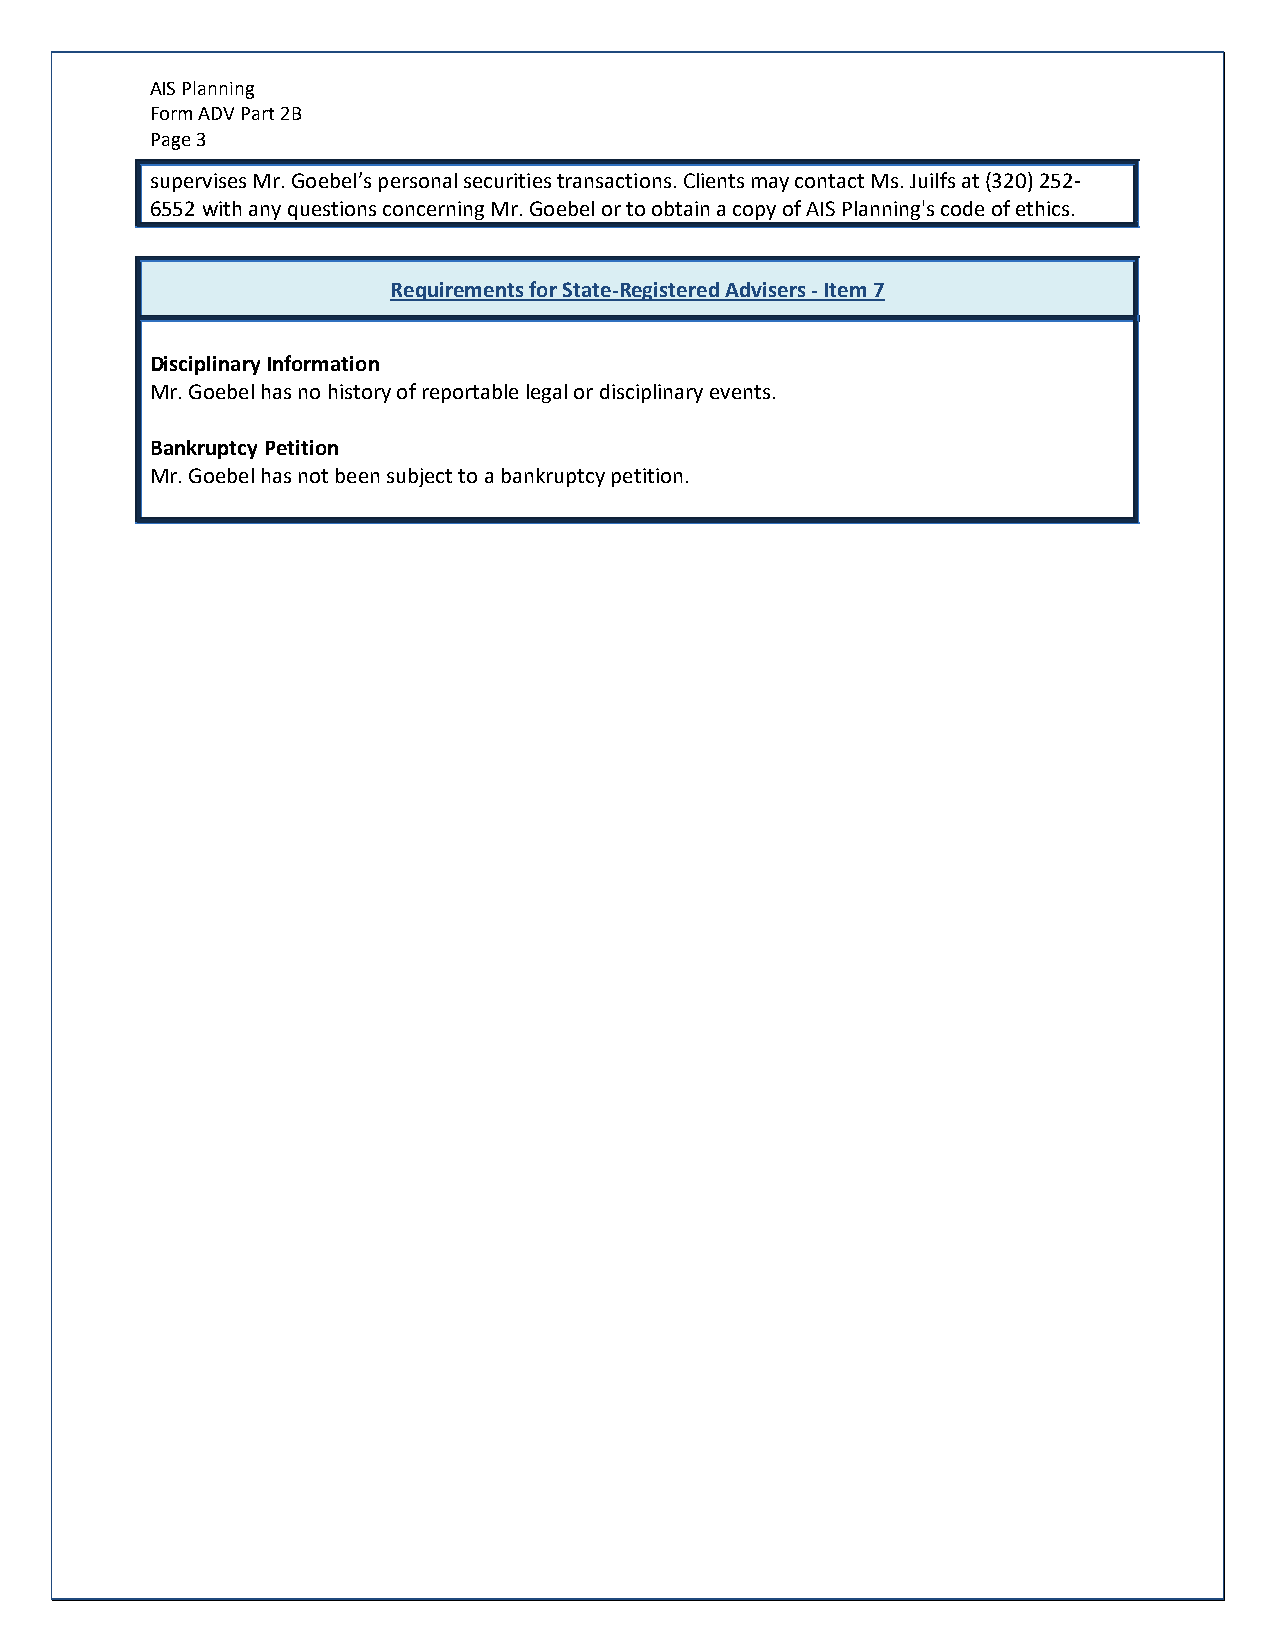
AIS Planning
 Form ADV Part 2B
 Page 3
 supervises Mr. Goebel’s personal securities transactions. Clients may contact Ms. Juilfs at (320) 252-
 6552 with any questions concerning Mr. Goebel or to obtain a copy of AIS Planning's code of ethics.
 Requirements for State-Registered Advisers - Item 7
 Disciplinary Information
 Mr. Goebel has no history of reportable legal or disciplinary events.
 Bankruptcy Petition
 Mr. Goebel has not been subject to a bankruptcy petition.